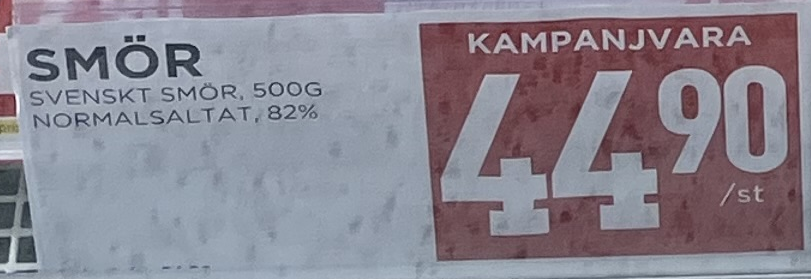
Vara: Smör
Genomsnittspris: 44.9 per st